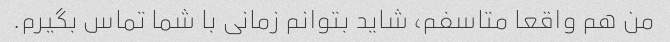
من هم واقعا متاسفم، شاید بتوانم زمانی با شما تماس بگیرم.